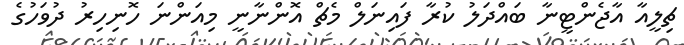
ޗިލީއާ އާޖެންޓީނާ ބައްދަލު ކުރާ ފައިނަލް މެޗް އޮންނާނީ މިއަންނަ ހޮނިހިރު ދުވަހުގެ